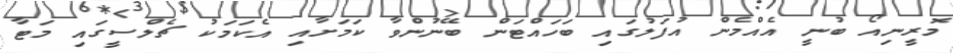
މޮރީނިއޯ ބުނީ އެއްމެން އުފަލުގައި ބަހައްޓަން ބޭނުންވާ ކަމަށާއި އެކަމަކު ޗެލްސީގައި މަޓާ